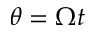
\theta = \Omega t